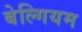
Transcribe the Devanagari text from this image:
बेल्गियम